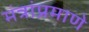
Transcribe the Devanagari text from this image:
मंत्रांप्रमाणे